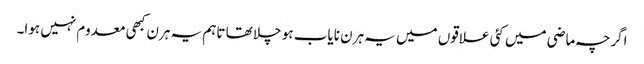
اگرچہ ماضی میں کئی علاقوں میں یہ ہرن نایاب ہو چلا تھا تاہم یہ ہرن کبھی معدوم نہیں ہوا۔